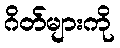
ဂိတ်များကို